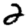
Digit: 2